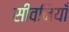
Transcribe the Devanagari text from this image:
सीवनियाँ